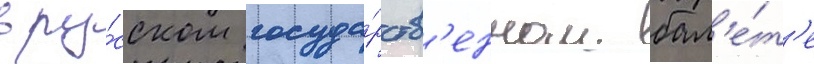
в ру́сском госуда́рств'енном бал'е́т'е